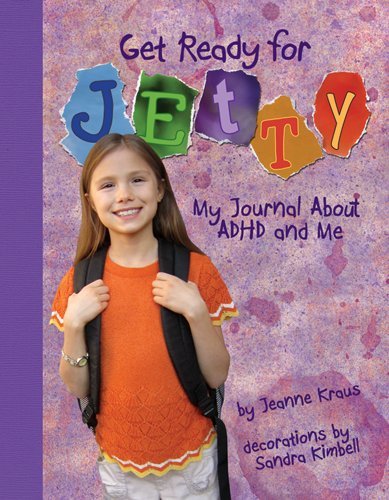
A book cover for Get Ready for Jetty!: My Journal About ADHD and Me; Jeanne Kraus; Health, Fitness & Dieting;